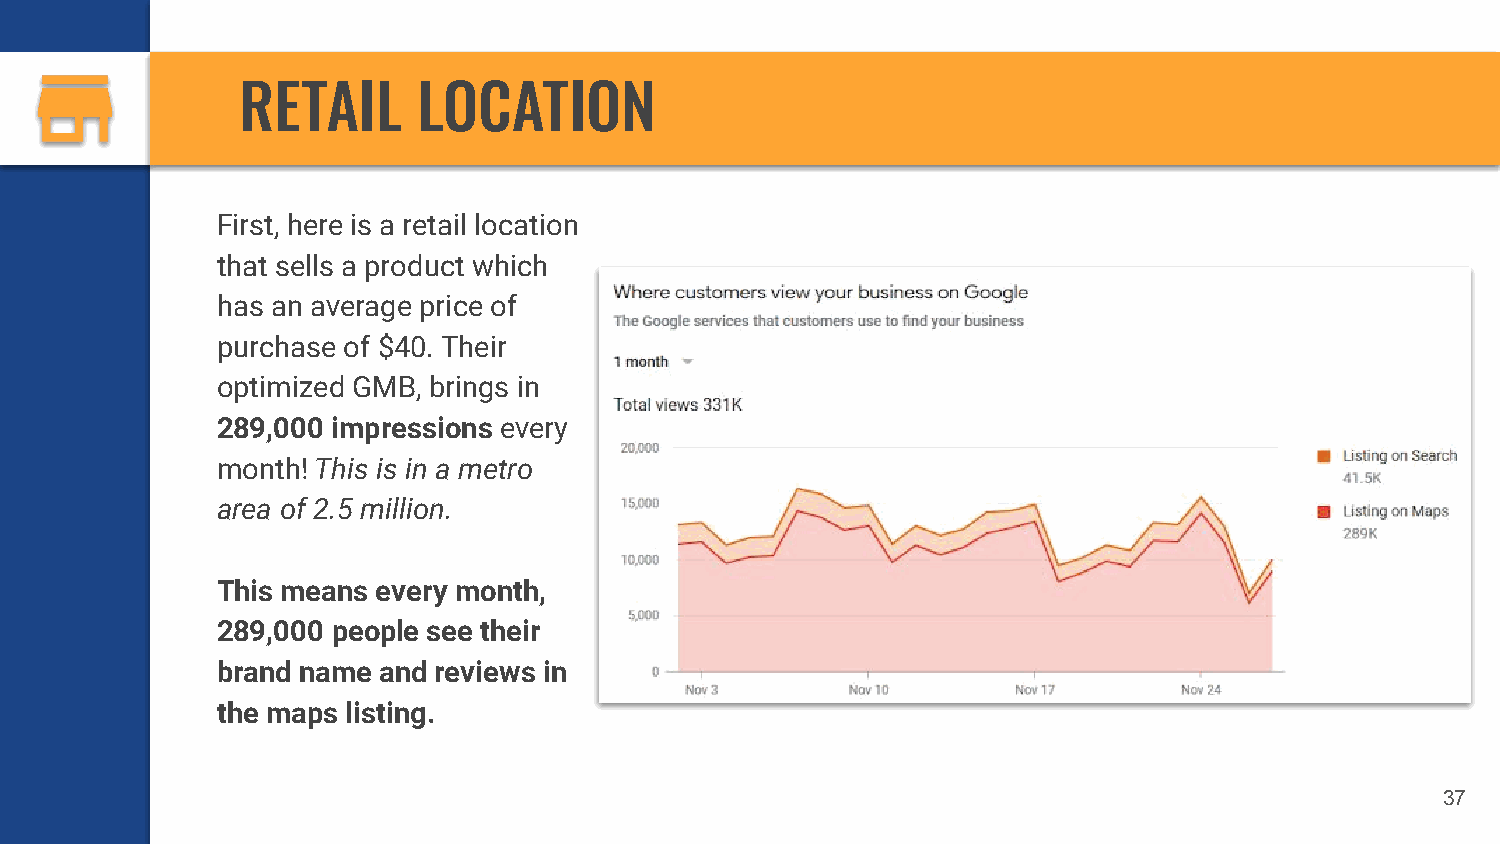
RETAIL      LOCATION
 First, here is a retail location
 that sells a product which
 has an average price of
 purchase of $40. Their
 optimized GMB, brings in
 289,000 impressions every
 month! This is in a metro
 area of 2.5 million.
 This means every month,
 289,000 people see their
 brand name and reviews in
 the maps listing.
 37